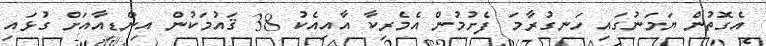
އެގޮތުން ޔަމަނުގައި ހަނގުރާމަ ފެށުމުން އެމެރިކާ އާއިއެކު 38 ޤައުމަކުން އިންޑިއާއަށް ގުޅައި